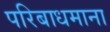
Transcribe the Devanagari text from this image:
परिबाधमाना